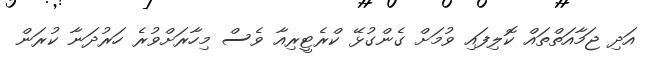
އަދި ޖަމާއަތްތައް ކޮލިފައި ވުމަށް ގެންގުޅޭ ކްރެޓީރިއާ ވެސް މިހާރަށްވުރެ ހަރުދަނާ ކުރަން